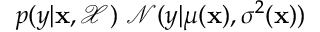
p ( y \vert \mathbf { x } , \mathcal { X } ) ~ \mathcal { N } ( y \vert \mu ( \mathbf { x } ) , \sigma ^ { 2 } ( \mathbf { x } ) )